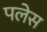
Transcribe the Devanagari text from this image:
पलेस